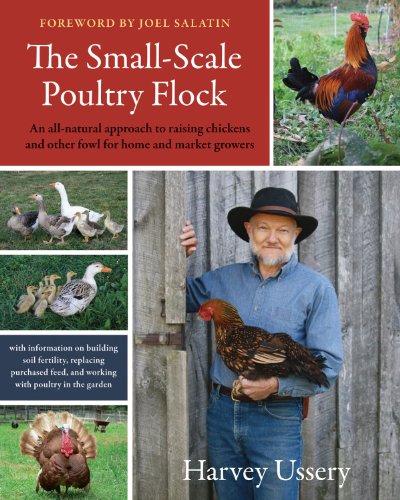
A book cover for The Small-Scale Poultry Flock: An All-Natural Approach to Raising Chickens and Other Fowl for Home and Market Growers; Harvey Ussery; Crafts, Hobbies & Home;